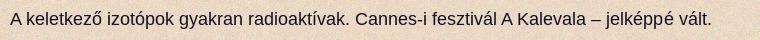
A keletkező izotópok gyakran radioaktívak. Cannes-i fesztivál A Kalevala – jelképpé vált.